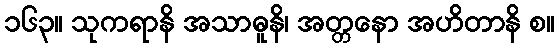
၁၆၃။ သုကရာနိ အသာဓူနိ၊ အတ္တနော အဟိတာနိ စ။